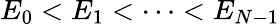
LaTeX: E_{0}<E_{1}<\cdots<E_{N-1}